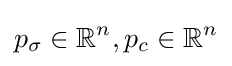
p_{\sigma }\in \mathbb {R} ^{n},p_{c}\in \mathbb {R} ^{n}